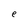
Character: e